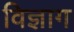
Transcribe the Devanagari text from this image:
विज्ञाग